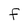
Character: F